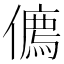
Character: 𠏰